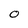
Character: 0